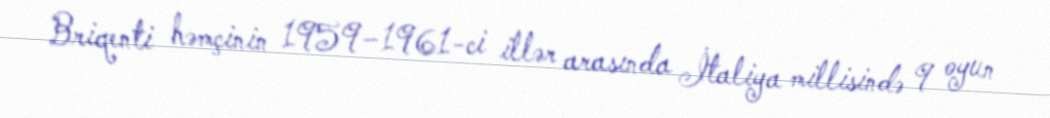
Briqenti həmçinin 1959–1961-ci illər arasında İtaliya millisində 9 oyun